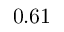
0 . 6 1